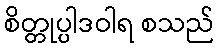
စိတ္တုပ္ပါဒဝါရ စသည်